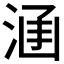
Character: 𣵊